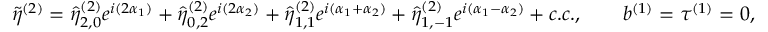
\tilde { \eta } ^ { ( 2 ) } = \hat { \eta } _ { 2 , 0 } ^ { ( 2 ) } e ^ { i ( 2 \alpha _ { 1 } ) } + \hat { \eta } _ { 0 , 2 } ^ { ( 2 ) } e ^ { i ( 2 \alpha _ { 2 } ) } + \hat { \eta } _ { 1 , 1 } ^ { ( 2 ) } e ^ { i ( \alpha _ { 1 } + \alpha _ { 2 } ) } + \hat { \eta } _ { 1 , - 1 } ^ { ( 2 ) } e ^ { i ( \alpha _ { 1 } - \alpha _ { 2 } ) } + c . c . , \qquad b ^ { ( 1 ) } = \tau ^ { ( 1 ) } = 0 ,